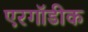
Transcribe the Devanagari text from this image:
एरगॉडीक